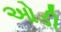
ઓડી